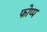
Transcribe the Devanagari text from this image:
फोप्प